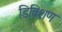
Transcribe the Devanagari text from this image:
डिविशण